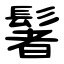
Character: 䰇